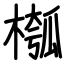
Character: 槬